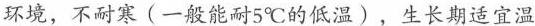
环境，不耐寒(一般能耐5℃的低温)，生长期适宜温